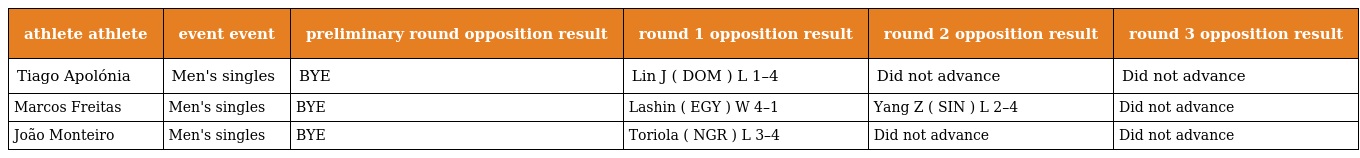
| athlete athlete | event event | preliminary round opposition result | round 1 opposition result | round 2 opposition result | round 3 opposition result |
 | --- | --- | --- | --- | --- | --- |
 | Tiago Apolónia | Men's singles | BYE | Lin J ( DOM ) L 1–4 | Did not advance | Did not advance |
 | Marcos Freitas | Men's singles | BYE | Lashin ( EGY ) W 4–1 | Yang Z ( SIN ) L 2–4 | Did not advance |
 | João Monteiro | Men's singles | BYE | Toriola ( NGR ) L 3–4 | Did not advance | Did not advance |